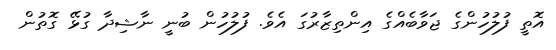
އޮތީ ފުލުހުންގެ ޖަވާބެއްގެ އިންތިޒާރުގަ އެވެ. ފުލުހުން ބުނީ ނާޝިދާ ގުޅޭ ގޮތުން